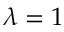
\lambda = 1